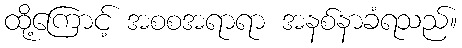
ထို့ကြောင့် အစစအရာရာ အနစ်နာခံရသည်။